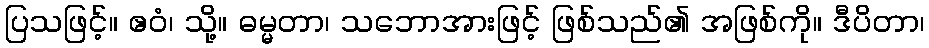
ပြသဖြင့်။ ဧဝံ၊ သို့။ ဓမ္မတာ၊ သဘောအားဖြင့် ဖြစ်သည်၏ အဖြစ်ကို။ ဒီပိတာ၊